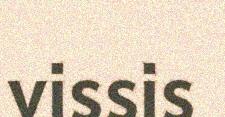
vissis